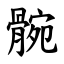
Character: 䯛